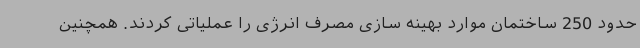
حدود 250 ساختمان موارد بهینه سازی مصرف انرژی را عملیاتی کردند. همچنین